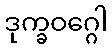
ဒုက္ခဝဂ္ဂေါ